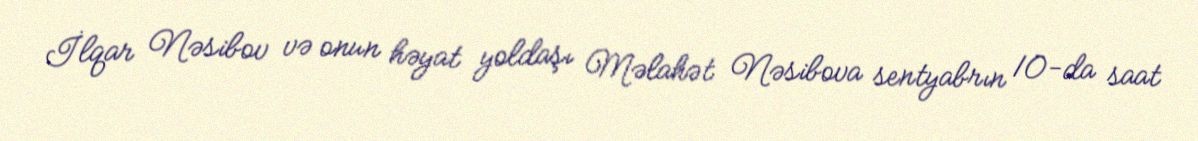
İlqar Nəsibov və onun həyat yoldaşı Məlahət Nəsibova sentyabrın 10-da saat